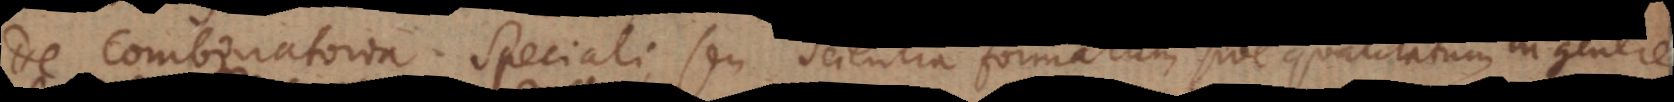
De Combinatoria Speciali, seu scientia formarum sive qualitatum in genere